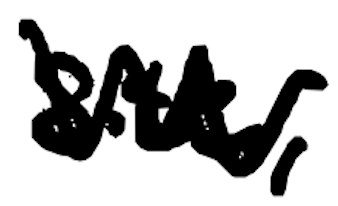
Text: site,
Cross-out: zig-zag
Writing tool: digital_black